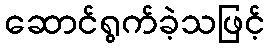
ဆောင်ရွက်ခဲ့သဖြင့်